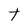
Character: t